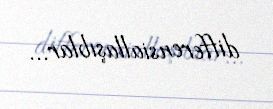
differensiallaşıblar...